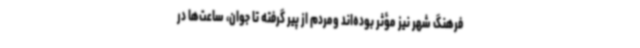
فرهنگ شهر نیز مؤثر بوده‌اند ومردم از پیر گرفته تا جوان، ساعت‌ها در